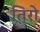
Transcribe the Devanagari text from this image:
तिरो